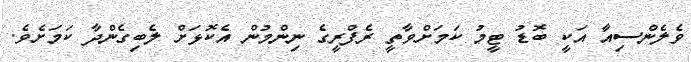
ވެލެންސިއާ އަކީ ބޮޑު ޓީމު ކަމަށްވާތީ ރެފްރީގެ ނިންމުން އެކޮޅަށް ލެބިގެންދާ ކަމަށެވެ.